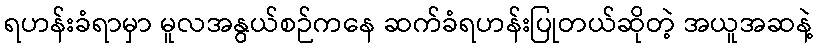
ရဟန်းခံရာမှာ မူလအနွယ်စဉ်ကနေ ဆက်ခံရဟန်းပြုတယ်ဆိုတဲ့ အယူအဆနဲ့